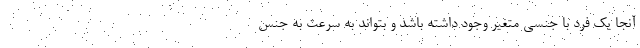
آنجا یک فرد با جنسی متغیر وجود داشته باشد و بتواند به سرعت به جنس